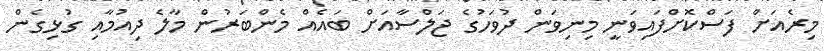
މިރެއަށް ފަސްކޮށްފައިވަނީ މިނިވަން ދުވަހުގެ ޖަލްސާއަށް ބައެއް މެންބަރުން މާލެ ދިއުމާއި ގުޅިގެން